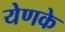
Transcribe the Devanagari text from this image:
येणके